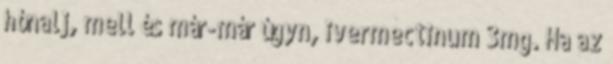
hónalj, mell és már-már úgyn, ivermectinum 3mg. Ha az